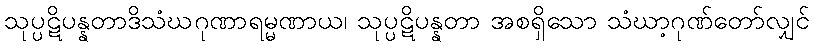
သုပ္ပဋိပန္နတာဒိသံဃဂုဏာရမ္မဏာယ၊ သုပ္ပဋိပန္နတာ အစရှိသော သံဃာ့ဂုဏ်တော်လျှင်